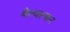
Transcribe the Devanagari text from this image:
बेल्वल्कर